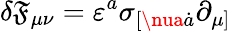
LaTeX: \delta\mathfrak{F}_{\mu\nu}=\varepsilon^{a}\sigma_{[\nua\dot{{a}}}\partial_{\mu]}